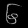
Digit: ၆